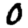
Digit: 0